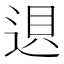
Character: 䢙